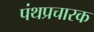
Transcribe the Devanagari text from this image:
पंथप्रचारक